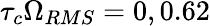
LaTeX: \tau_{c}\Omega_{RMS}=0,0.62